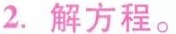
2.解方程。